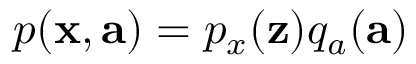
p ( \mathbf { x } , \mathbf { a } ) = p _ { x } ( \mathbf { z } ) q _ { a } ( \mathbf { a } )